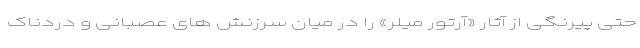
حتی پیرنگی از آثار «آرتور میلر» را در میان سرزنش های عصبانی و دردناک